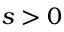
s > 0